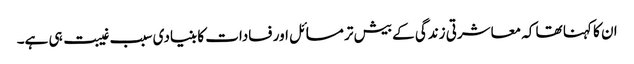
ان کا کہنا تھا کہ معاشرتی زندگی کے بیش تر مسائل اور فسادات کا بنیادی سبب غیبت ہی ہے۔